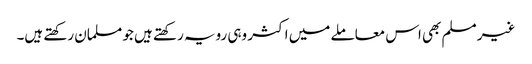
غیر مسلم بھی اس معاملے میں اکثر وہی رویہ رکھتے ہیں جو مسلمان رکھتے ہیں۔